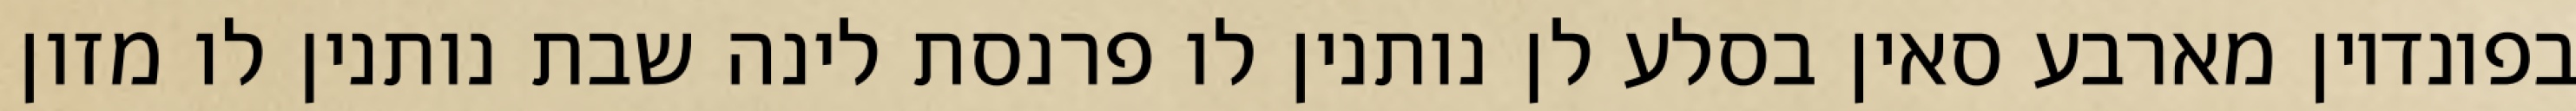
בפונדיון מארבע סאין בסלע לן נותנין לו פרנסת לינה שבת נותנין לו מזון